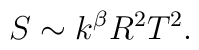
S \sim k^{\beta} R^2 T^2.